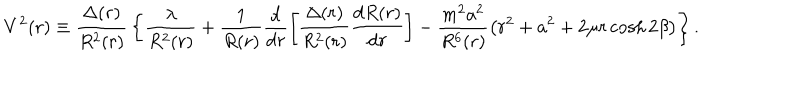
V ^ { 2 } ( r ) \equiv { \frac { \Delta ( r ) } { R ^ { 2 } ( r ) } } \left\{ \frac { \lambda } { R ^ { 2 } ( r ) } + \frac { 1 } { R ( r ) } \frac { \mathrm { d } } { \mathrm { d } r } \left[ \frac { \Delta ( r ) } { R ^ { 2 } ( r ) } \frac { \mathrm { d } R ( r ) } { \mathrm { d } r } \right] - \frac { m ^ { 2 } a ^ { 2 } } { R ^ { 6 } ( r ) } \left( r ^ { 2 } + a ^ { 2 } + 2 \mu r \cosh 2 \beta \right) \right\} .